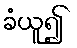
ခံယူ၍